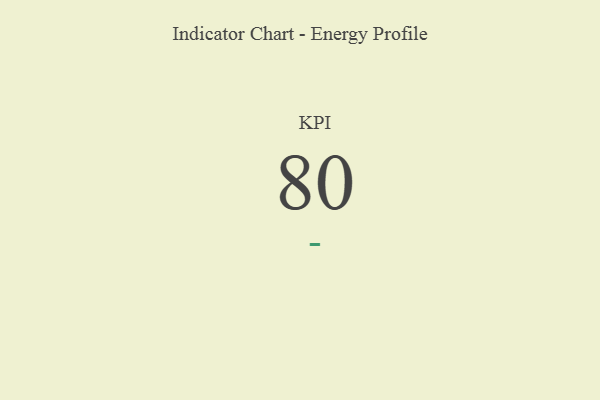
{"axis": {"x": "KPI", "y": "Value"}, "legend": [""], "data": [{"x": "KPI", "y": 80, "type": ""}]}